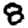
Digit: 8